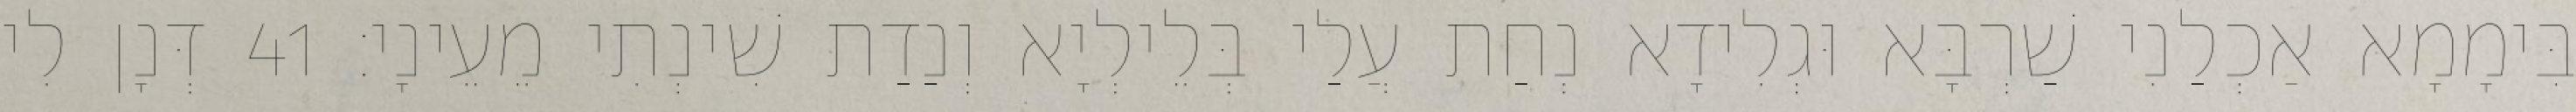
בִּימָמָא אַכְלַנִי שַׁרְבָּא וּגְלִידָא נְחַת עֲלַי בְּלֵילְיָא וְנַדַת שִׁינְתִי מֵעֵינָי׃ 41 דְּנָן לִי